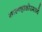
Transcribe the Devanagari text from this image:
साल्व्हाडोरमध्ये